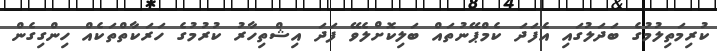
ކުރިމަތިލުމުގެ ބަދަލުގައި އެފަދަ ކެމްޕޭނުތައް ބަލިކޮށްލެވޭ ފަދަ އިޝްތިހާރު ކުރުމުގެ ހަރަކާތްތަކެއް ހިންގިގެން